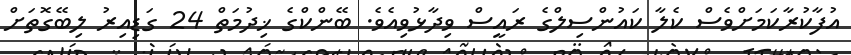
އުފާކުރާކަމަށްވެސް ކެލާ ކައުންސިލްގެ ރައީސް ވިދާޅުވިއެވެ. ބޭންކްގެ ޚިދުމަތް 24 ގަޑިއިރު ލިބޭގޮތަށް